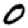
Digit: 0